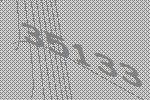
35133